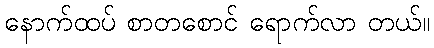
နောက်ထပ် စာတစောင် ရောက်လာ တယ်။